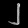
Digit: ၂